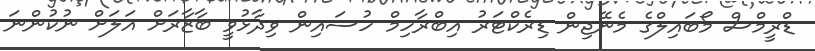
ޑްރީމްސް މޯބައިލްގެ މެނޭޖިން ޑިރެކްޓަރު އިބްރާހިމް ހުސައިން ވިދާޅުވީ ބާޒާރަށް އަލަށް ނުކުންނަ